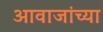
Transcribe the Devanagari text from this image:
आवाजांच्या